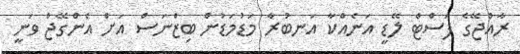
ރާއްޖޭގެ ފަސްޓް ލޭޑީ އަނެއްކާ އަނބުރާ މަޑުމަޑުން ބިޒްނަސް އަށް އެންގޭޖް ވަނީ